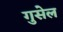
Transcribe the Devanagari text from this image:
गुसेल